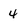
Character: 4